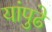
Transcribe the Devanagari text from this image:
यांपुढे